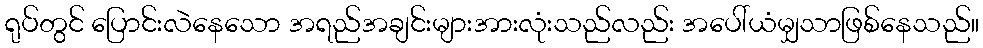
ရုပ်တွင် ပြောင်းလဲနေသော အရည်အချင်းများအားလုံးသည်လည်း အပေါ်ယံမျှသာဖြစ်နေသည်။